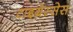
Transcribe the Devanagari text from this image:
टाइग्रेस्सेस